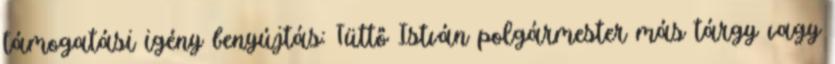
támogatási igény benyújtás: Tüttő István polgármester más tárgy vagy